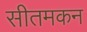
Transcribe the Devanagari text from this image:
सीतमकन